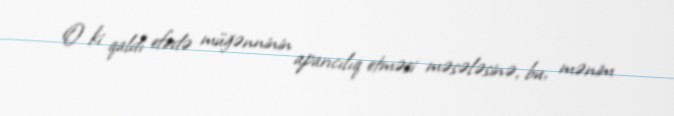
O ki qaldı efirdə müğənninin aparıcılıq etməsi məsələsinə, bu, mənim